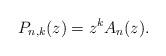
LaTeX: \begin{align*}P_{n,k}(z)=z^kA_n(z).\end{align*}